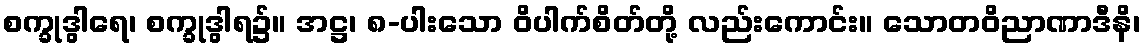
စက္ခုဒွါရေ၊ စက္ခုဒွါရ၌။ အဋ္ဌ၊ ၈-ပါးသော ဝိပါက်စိတ်တို့ လည်းကောင်း။ သောတဝိညာဏာဒီနိ၊